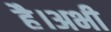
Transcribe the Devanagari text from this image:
है।अभी